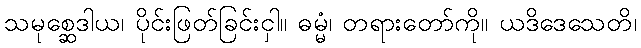
သမုစ္ဆေဒါယ၊ ပိုင်းဖြတ်ခြင်းငှါ။ ဓမ္မံ၊ တရားတော်ကို။ ယဒိဒေသေတိ၊